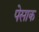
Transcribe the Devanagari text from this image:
पेसाक